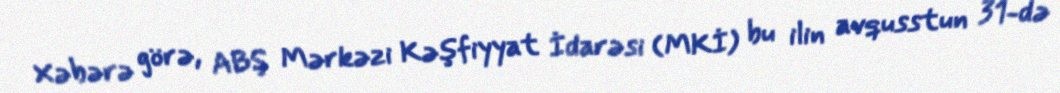
Xəbərə görə, ABŞ Mərkəzi Kəşfiyyat İdarəsi (MKİ) bu ilin avqusstun 31-də